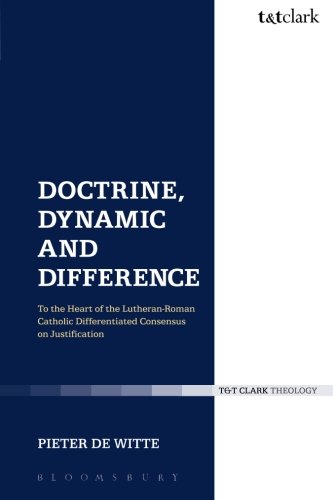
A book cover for Doctrine, Dynamic and Difference: To the Heart of the Lutheran-Roman Catholic Differentiated Consensus on Justification (Ecclesiological Investigations) (Volume 15); Pieter de Witte; Christian Books & Bibles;